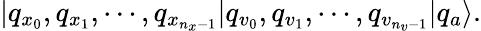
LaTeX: |q_{x_{0}},q_{x_{1}},\cdots,q_{x_{n_{x}-1}}|q_{v_{0}},q_{v_{1}},\cdots,q_{v_{n_{v}-1}}|q_{a}\rangle.